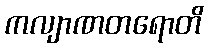
ကလျာဏတရောတိ